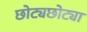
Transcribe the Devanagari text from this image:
छोट्यछोट्या